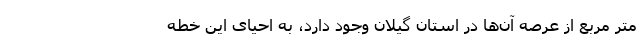
متر مربع از عرصه آن‌ها در استان گیلان وجود دارد، به احیای این خطه